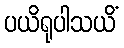
ပယိရုပါသယိံ